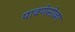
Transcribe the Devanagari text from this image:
पावणेसोळा